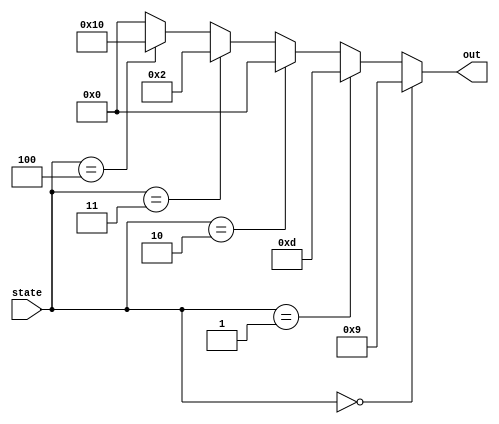
module StateTranslate(input [2:0] state, output [4:0] out);
	assign out = (state == 3'b000 ) ? 5'b01001 : 
					 (state == 3'b001 ) ? 5'b01101 :
					 (state == 3'b010 ) ? 5'b00000 :
				    (state == 3'b011 ) ? 5'b00010 :	
					 (state == 3'b100 ) ? 5'b10000 :	
					 5'b00000;
endmodule